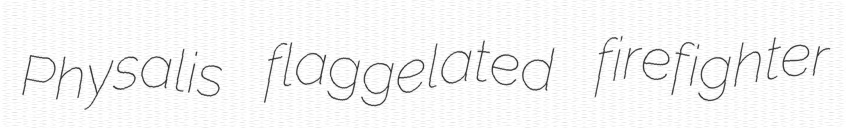
Physalis flaggelated firefighter